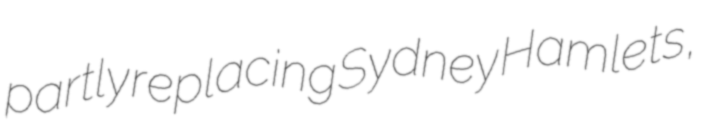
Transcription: partly replacing Sydney Hamlets,